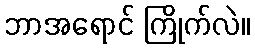
ဘာအရောင် ကြိုက်လဲ။